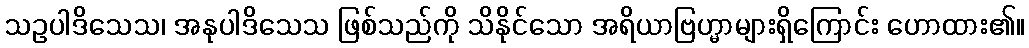
သဥပါဒိသေသ၊ အနုပါဒိသေသ ဖြစ်သည်ကို သိနိုင်သော အရိယာဗြဟ္မာများရှိကြောင်း ဟောထား၏။